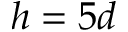
h = 5 d